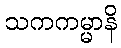
သကကမ္မာနိ